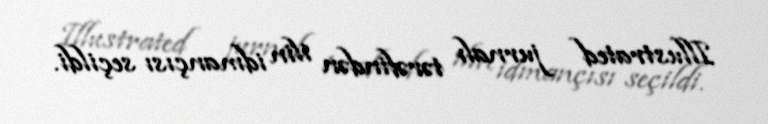
Illustrated jurnalı tərəfindən ilin idmançısı seçildi.